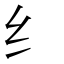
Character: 纟